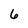
Character: 6